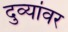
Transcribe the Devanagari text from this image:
दुव्यांवर